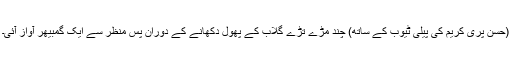
(حسن پری کریم کی پیلی ٹیوب کے ساتھ) چند مڑے تڑے گلاب کے پھول دکھانے کے دوران پس منظر سے ایک گمبیھر آواز آئی۔